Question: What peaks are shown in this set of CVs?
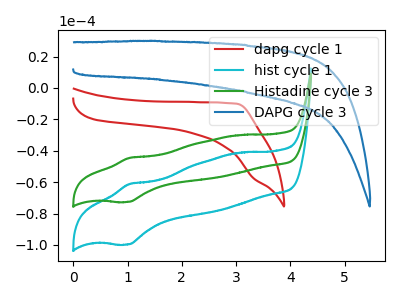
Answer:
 <answer>The red curve "dapg cycle 1" has no peaks. The cyan curve "hist cycle 1" has an anodic peak at (1.05V, -61.20uA) and a cathodic peak at (1.00V, -99.70uA). The green curve "Histadine cycle 3" has an anodic peak at (1.05V, -44.60uA) and a cathodic peak at (1.00V, -72.60uA). The blue curve "DAPG cycle 3" has no peaks.</answer>
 <eval></eval>